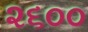
૨૬૦૦